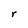
Character: r